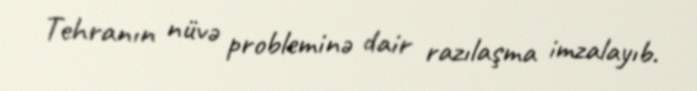
Tehranın nüvə probleminə dair razılaşma imzalayıb.